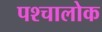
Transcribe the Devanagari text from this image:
पश्चालोक